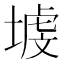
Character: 𱗡